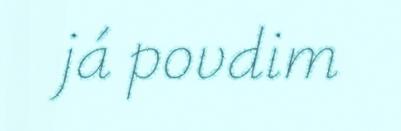
já povdim